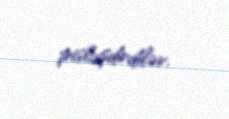
pisləşdirdilər.